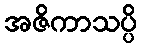
အဇိကာသပ္ပိ